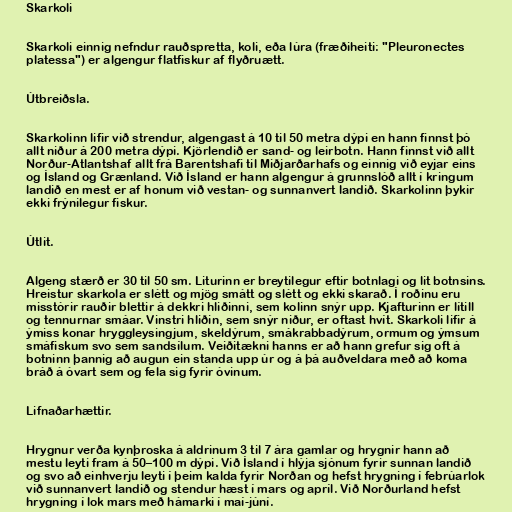
Skarkoli

Skarkoli einnig nefndur rauðspretta, koli, eða lúra (fræðiheiti: "Pleuronectes
platessa") er algengur flatfiskur af flyðruætt.

Útbreiðsla.

Skarkolinn lifir við strendur, algengast á 10 til 50 metra dýpi en hann finnst þó
allt niður á 200 metra dýpi. Kjörlendið er sand- og leirbotn. Hann finnst við allt
Norður-Atlantshaf allt frá Barentshafi til Miðjarðarhafs og einnig við eyjar eins
og Ísland og Grænland. Við Ísland er hann algengur á grunnslóð allt í kringum
landið en mest er af honum við vestan- og sunnanvert landið. Skarkolinn þykir
ekki frýnilegur fiskur.

Útlit.

Algeng stærð er 30 til 50 sm. Liturinn er breytilegur eftir botnlagi og lit botnsins.
Hreistur skarkola er slétt og mjög smátt og slétt og ekki skarað. Í roðinu eru
misstórir rauðir blettir á dekkri hliðinni, sem kolinn snýr upp. Kjafturinn er lítill
og tennurnar smáar. Vinstri hliðin, sem snýr niður, er oftast hvít. Skarkoli lifir á
ýmiss konar hryggleysingjum, skeldýrum, smákrabbadýrum, ormum og ýmsum
smáfiskum svo sem sandsílum. Veiðitækni hanns er að hann grefur sig oft á
botninn þannig að augun ein standa upp úr og á þá auðveldara með að koma
bráð á óvart sem og fela sig fyrir óvinum.

Lifnaðarhættir.

Hrygnur verða kynþroska á aldrinum 3 til 7 ára gamlar og hrygnir hann að
mestu leyti fram á 50–100 m dýpi. Við Ísland í hlýja sjónum fyrir sunnan landið
og svo að einhverju leyti í þeim kalda fyrir Norðan og hefst hrygning í febrúarlok
við sunnanvert landið og stendur hæst í mars og apríl. Við Norðurland hefst
hrygning í lok mars með hámarki í maí-júní.